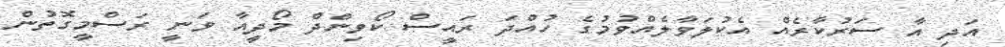
އަދި އާ ސަރުކާރެއް އެކުލަވާލެއްވުމުގެ ހުއްދަ ރައީސް ކޯވިންދް މޯދީއާ ވަނީ ރަސްމީގޮތުން